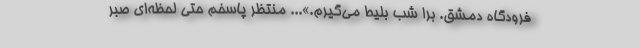
فرودگاه دمشق. برا شب بلیط می‌گیرم.»... منتظر پاسخم حتی لحظه‌ای صبر